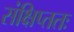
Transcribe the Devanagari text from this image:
संक्षिप्ततः